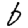
Digit: 6